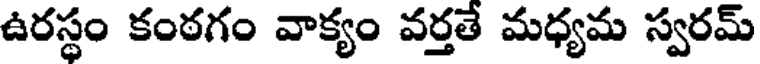
ఉరస్థం కంఠగం వాక్యం వర్తతే మధ్యమ స్వరమ్